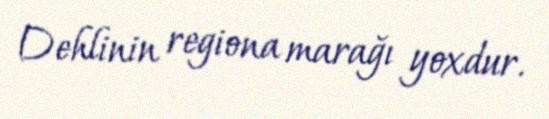
Dehlinin regiona marağı yoxdur.